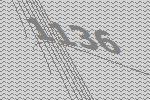
1136